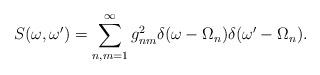
LaTeX: \begin{align*}S(\omega, \omega') = \sum^\infty_{n,m=1} g^2_{nm} \delta (\omega -\Omega_n) \delta (\omega' - \Omega_n).\end{align*}